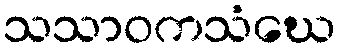
သသာဝကသံဃေ